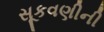
સૂકવણીની